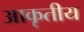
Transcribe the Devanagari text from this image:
आकृतीय